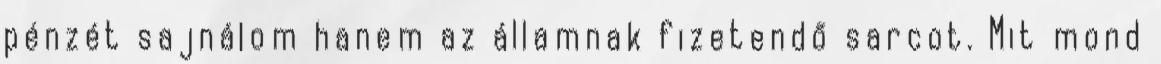
pénzét sajnálom hanem az államnak fizetendő sarcot. Mit mond